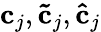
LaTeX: \mathbf{c}_{j},\mathbf{\tilde{c}}_{j},\mathbf{\hat{c}}_{j}